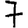
Digit: 7